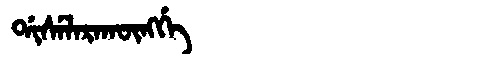
Manchu: ᡩᡳᠰᡝᠯᠠᡵᠠᡴᡡᠩᡤᡝ
Romanization: DISELARAKŪNGGE